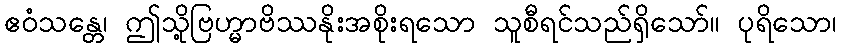
ဧဝံသန္တေ၊ ဤသို့ဗြဟ္မာဗိဿနိုးအစိုးရသော သူစီရင်သည်ရှိသော်။ ပုရိသော၊